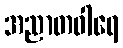
အညာတဝါရေ